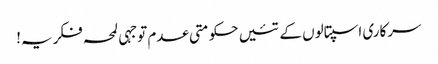
سرکاری اسپتالوں کے تئیں حکومتی عدم توجہی لمحہ فکریہ!